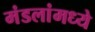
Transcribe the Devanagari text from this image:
मंडलांमध्ये